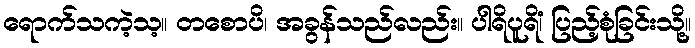
ရောက်သကဲ့သ့။ တစောပိ၊ အခွန်သည်လည်း။ ပါရိပူရိံ၊ ပြည့်စုံခြင်းသို့။